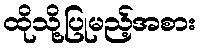
ထိုသို့ပြုမည့်အစား